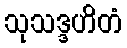
သုသဒ္ဒဟိတံ